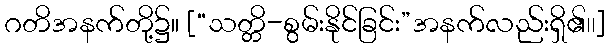
ဂတိအနက်တို့၌။ [“သတ္တိ-စွမ်းနိုင်ခြင်း”အနက်လည်းရှိ၏၊၊]